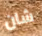
شان